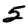
Digit: 5